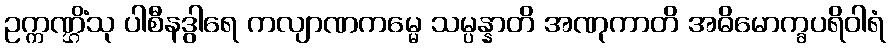
ဥက္ကဏ္ဌိံသု ပါစီနဒွါရေ ကလျာဏကမ္မေ သမ္ပန္နာတိ အဏုကာတိ အဓိမောက္ခပရိဝါရံ